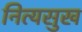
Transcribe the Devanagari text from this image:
नित्यसुख